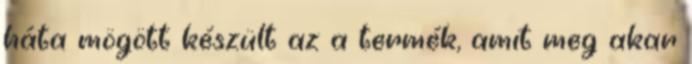
háta mögött készült az a termék, amit meg akar